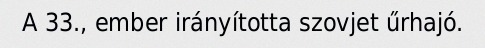
A 33., ember irányította szovjet űrhajó.